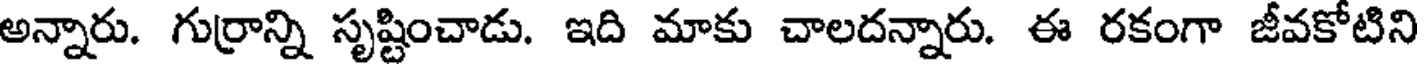
అన్నారు. గుర్రాన్ని సృష్టించాడు. ఇది మాకు చాలదన్నారు. ఈ రకంగా జీవకోటిని